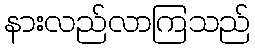
နားလည်လာကြသည်